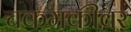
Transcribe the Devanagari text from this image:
चकमकीवर